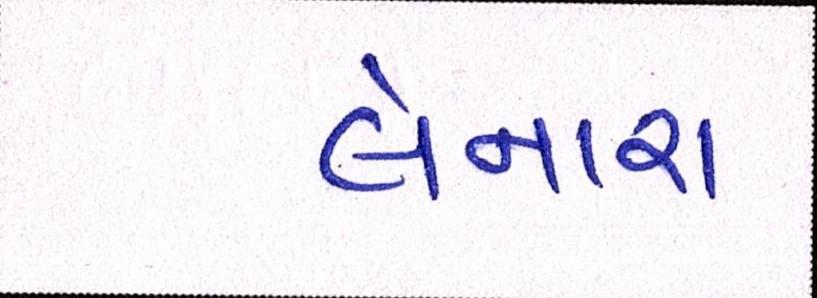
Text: લેનારા